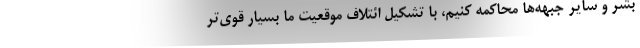
بشر و سایر جبهه‌ها محاکمه کنیم، با تشکیل ائتلاف موقعیت ما بسیار قوی‌تر